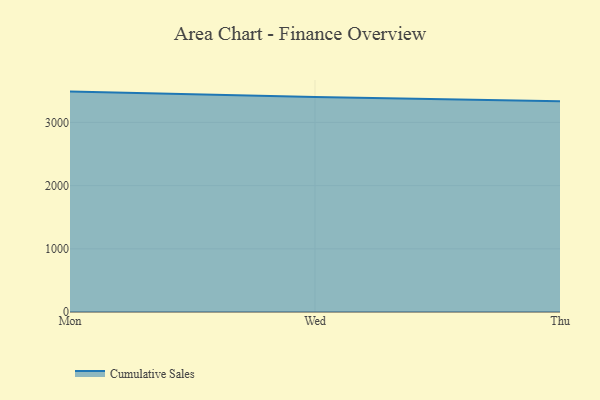
{"axis": {"x": "Day", "y": "Bounce Rate (%)"}, "legend": ["Cumulative Sales"], "data": [{"x": "Mon", "y": 3487.9, "type": "Cumulative Sales"}, {"x": "Wed", "y": 3402.5, "type": "Cumulative Sales"}, {"x": "Thu", "y": 3336.2, "type": "Cumulative Sales"}]}